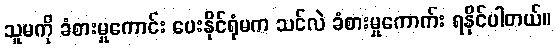
သူမကို ခံစားမှုကောင်း ပေးနိုင်ရုံမက သင်လဲ ခံစားမှုကောက်း ရနိုင်ပါတယ်။